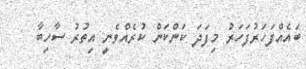
ބައެއްފަހަރުފަހަރު މިފަދަ ކަންކަން ކުރެއްވެނީ އިތުރު ސާހިބާ